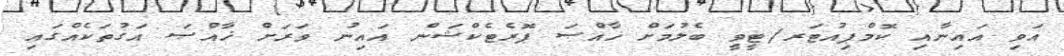
އަވި އައިނާއި ކޮމްޕިއުޓަރ/ޓީވީ ބެލުމަށް ޚާއްޞަ ޕޮރެޓެކްޝަން އައިނު ވަރަށް ޚާއްޞަ އަގުތަކެއްގައި